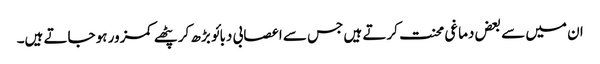
ان میں سے بعض دماغی محنت کرتے ہیں جس سے اعصابی دبائو بڑھ کر پٹھے کمزور ہو جاتے ہیں۔